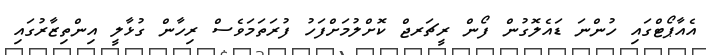
އެއާޕޯޓްގައި ހުންނަ ޑައެލޮގުން ފޯން ރީޗަރޖް ކޮށްލުމަށްފަހު ފުރަތަމަވެސް ރިހާން ގުޅާލީ އިންތިޒާރުގައި